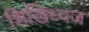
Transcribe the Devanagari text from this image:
शिखिध्वज